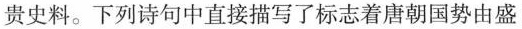
贵史料。下列诗句中直接描写了标志着唐朝国势由盛